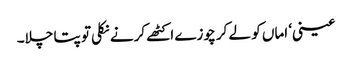
عینی‘ اماں کو لے کر چوزے اکٹھے کرنے نکلی تو پتا چلا۔